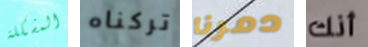
المشكلة تركناه دمرنا أنك